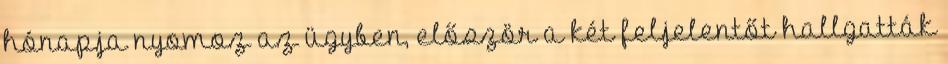
hónapja nyomoz az ügyben, először a két feljelentőt hallgatták